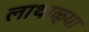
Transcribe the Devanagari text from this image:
लाथाळ्या